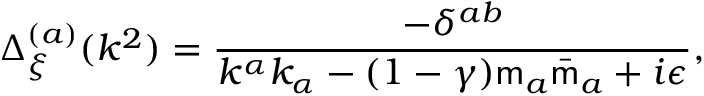
\Delta _ { \xi } ^ { ( a ) } ( k ^ { 2 } ) = \frac { - \delta ^ { a b } } { k ^ { \alpha } k _ { \alpha } - ( 1 - \gamma ) { \sf m } _ { a } \bar { \sf m } _ { a } + i \epsilon } ,